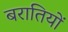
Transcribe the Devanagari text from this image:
बरातियों